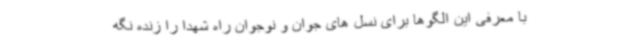
با معرفی این الگوها برای نسل های جوان و نوجوان راه شهدا را زنده نگه